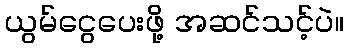
ယွမ်ငွေပေးဖို့ အဆင်သင့်ပဲ။